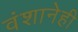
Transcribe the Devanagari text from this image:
वंशानेही